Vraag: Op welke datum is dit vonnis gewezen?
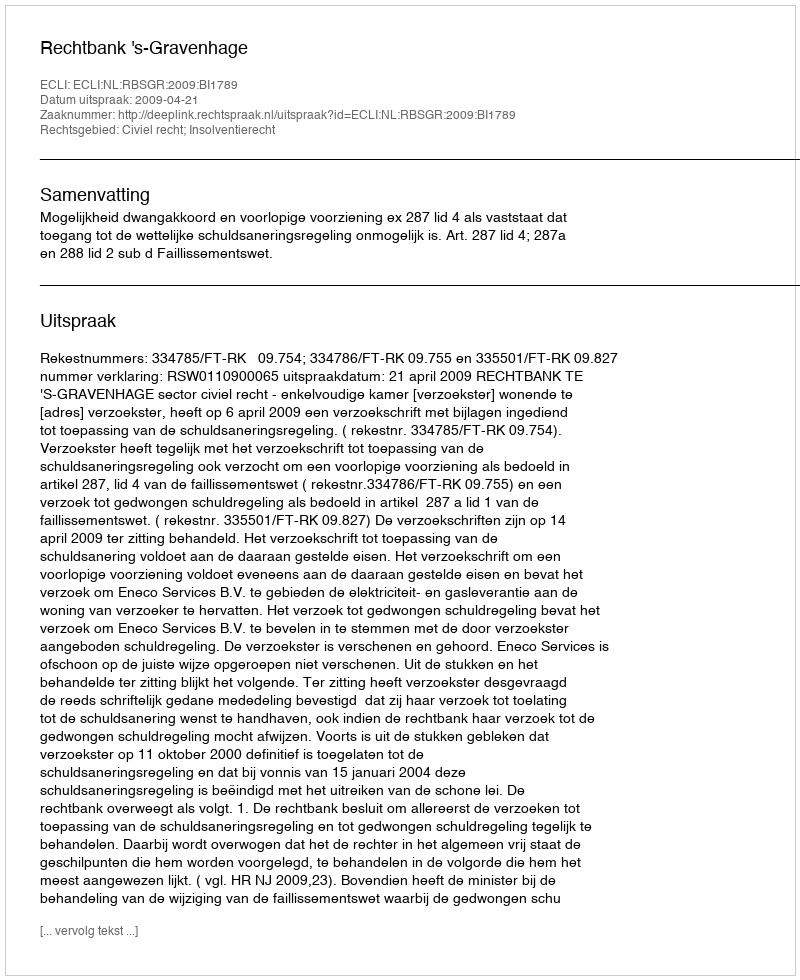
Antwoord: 2009-04-21